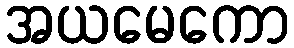
အယမေကော